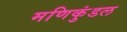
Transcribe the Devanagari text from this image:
मणिकुंडल